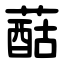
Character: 䔯